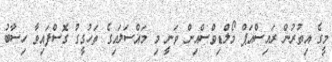
މީގެ އިތުރުން ރައިސްއަޕް މޯލްޑިވްސްއިން ވަނީ މި މައްސަލައިގެ ތަހުގީގު ގޮސްފައިވާ ހިސާބު